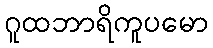
ဂူထဘာရိကူပမော